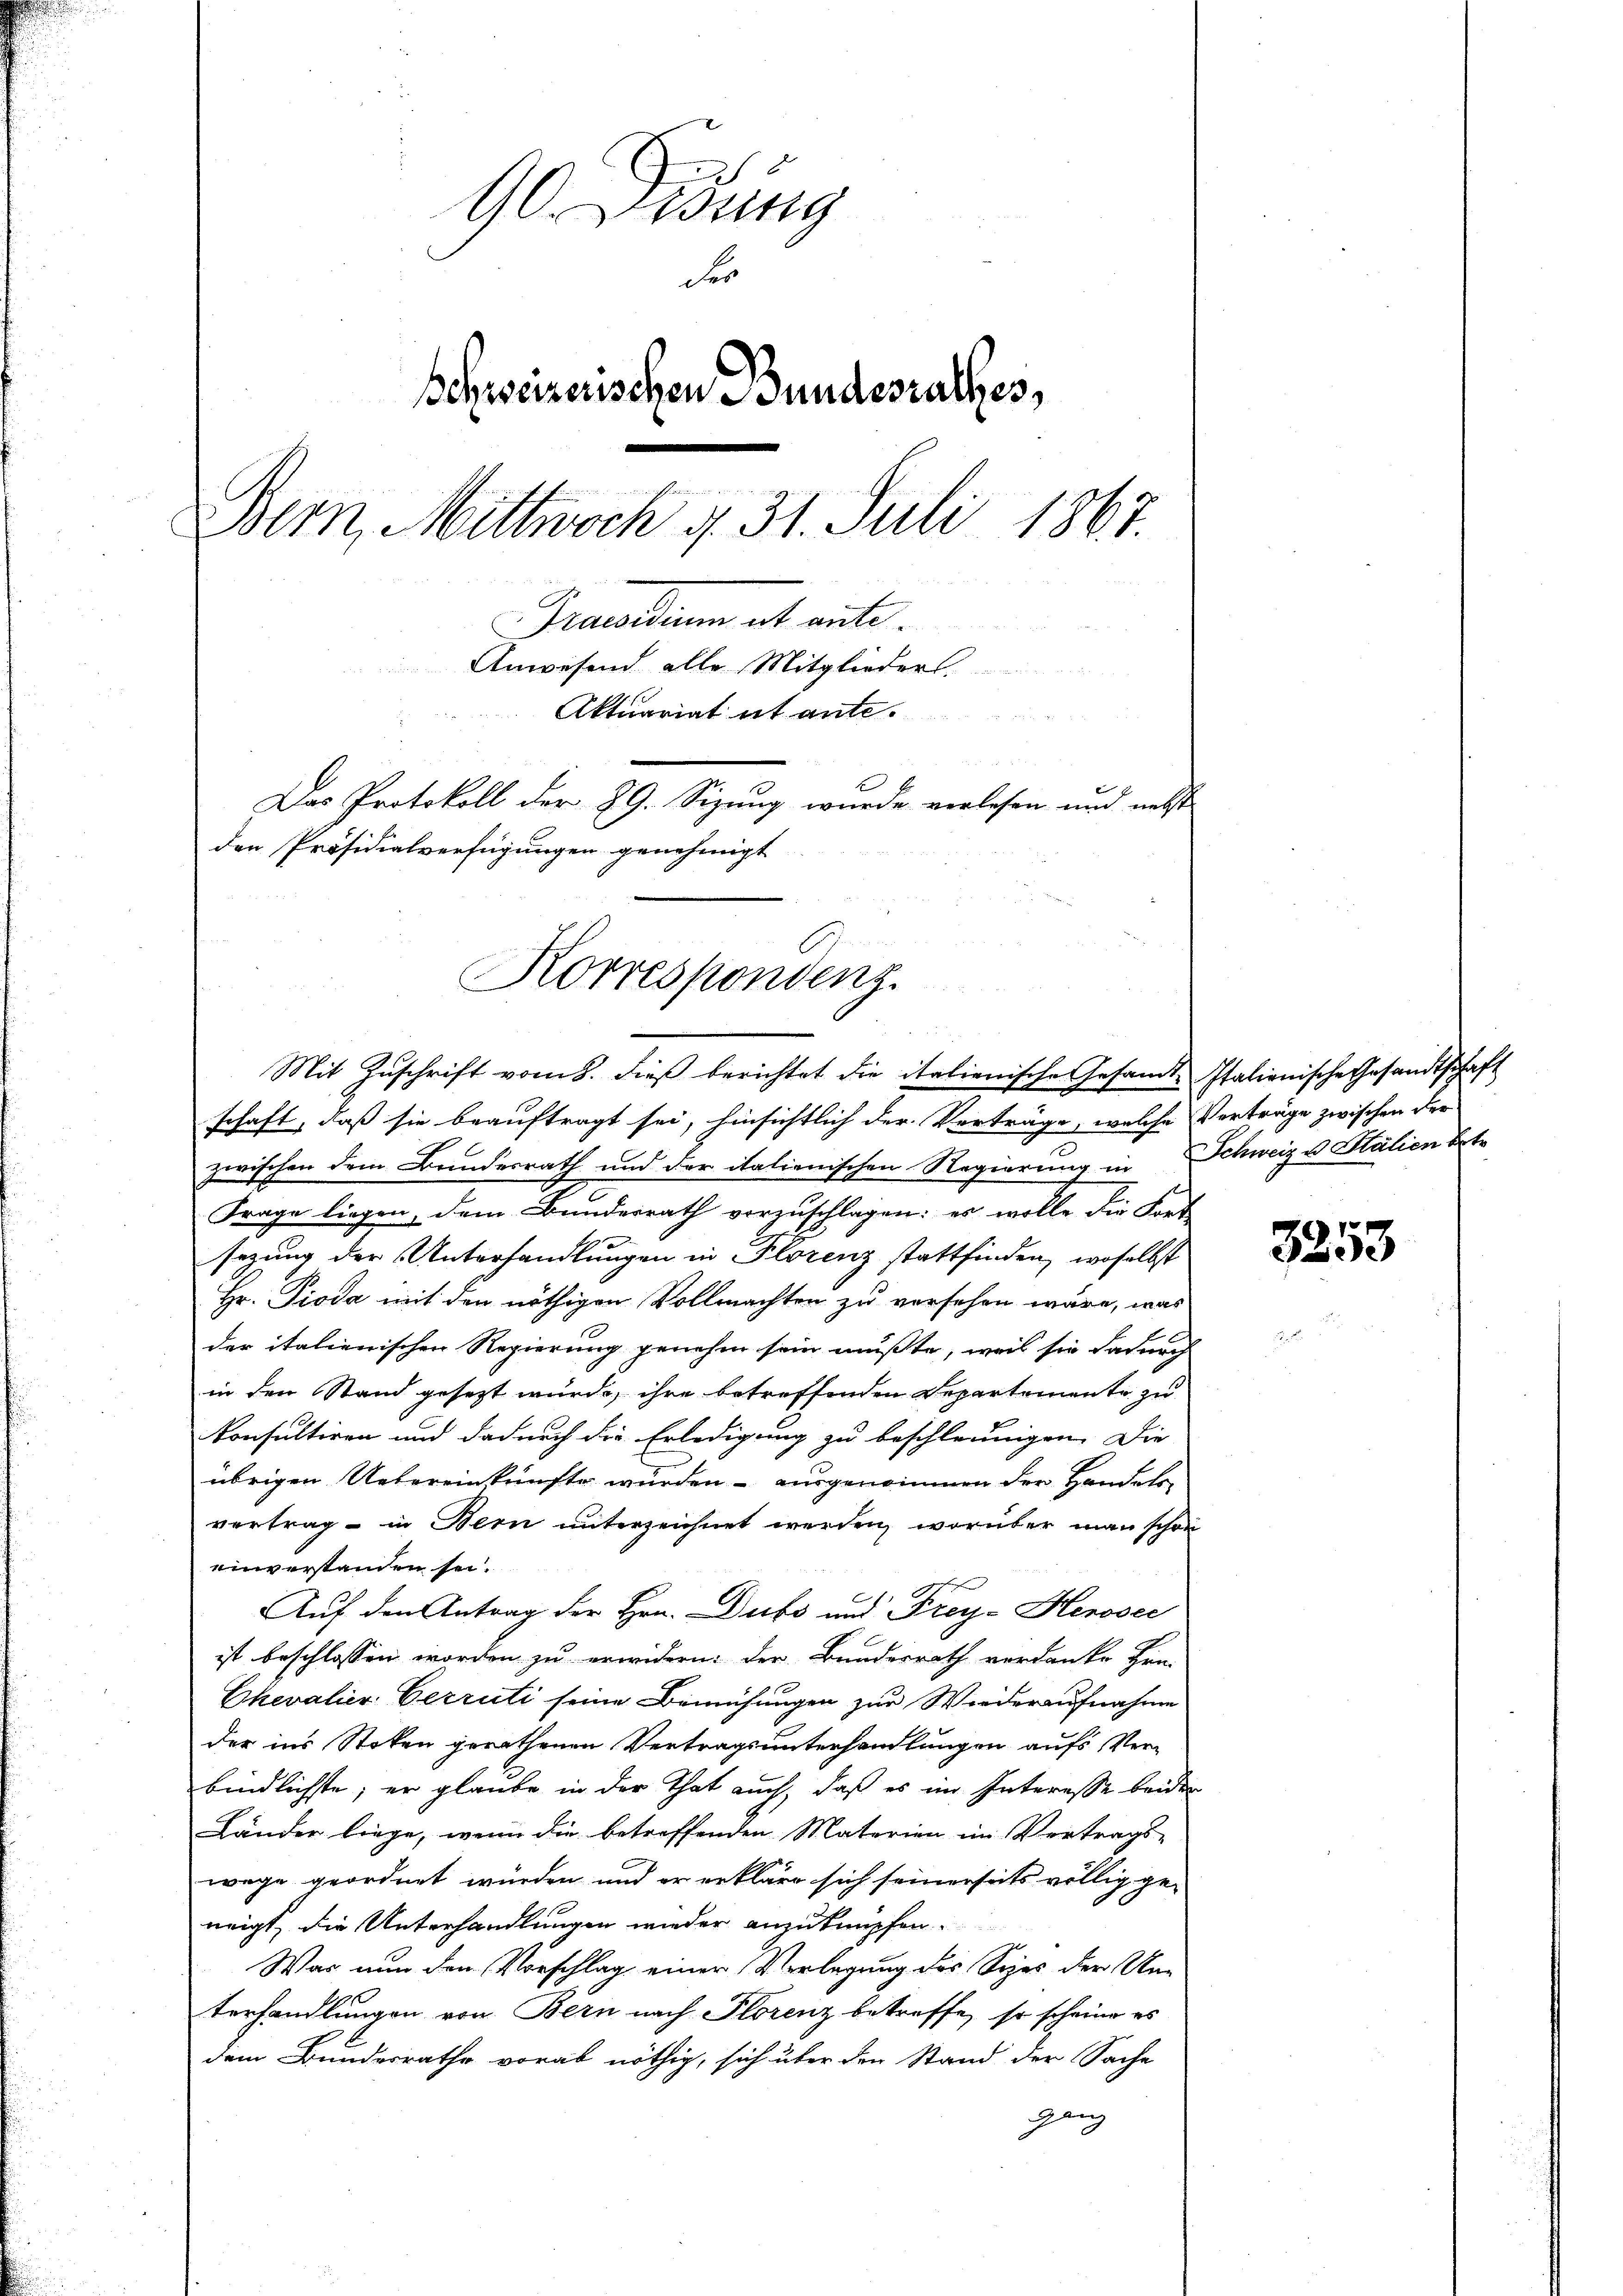
90 Didung
dir
Schweizerischen Bundesrathes,
Bern, Mittwoch d. 31. Juli 1867.
Praedium alt ante.
Anwesend alle Mitglieders.
Aktuariat et ante¬
Das Protokoll der 29. Sizung wurde verlesen und nebst
den Präsidialverfügungen genehmigt

Korrespondenz.
Mit Zuschrift vom 8. dieβ berichtet die italienische Gesandte Italienische Gesandtschaft

schaft, daß sie beauftragt sei, hinsichtlich der Verträge, welche Verträge zwischen der
zwischen dem Bundesrath und der italienischen Regierung in Schweiz u. Halien betr
Frage liegen, dem Bundesrath vorzuschlagen: es wolle die Ford
sezung der Unterhandlungen in Florenz stattfinden, woselbst
Hr. Pioda mit den nöthigen Vollmachten zu versehen wäre, was
der italienischen Regierung genehm sein musste, weil sie dadurch
in den Stand gesezt wurde, ihre betreffenden Departemente zu
konsultiren und dadurch die Erledigung zu beschleunigen. Die
übrigen Uebereinkünfte wurden - ausgenommen der Handels-
vertrag - in Bern unterzeichnet werden, worüber man schon
einverstanden sei.
Auf den Antrag der Hrn. Dubs und Frey-Herosec
ist beschlossen worden zu erwidern. Der Bundesrath verdanke Hin-
Chevalier Verrüti seine Bemühungen zur Wiederaufnahme
der ins Stoken gerathenen Vertragsunterhandlungen aufs Ver-
bindlichste; er glaube in der That auch, daß es im Interesse beiden
Länder liege, wenn die betreffenden Materien im Vertrags-
wege geordnet würden und er erkläre sich seinerseits völlig ge-
neigt, die Unterhandlungen wieder anzuknüpfen.
Was nun den Vorschlag einer Verlegung des Sches der Unterhandlungen von Bern nach Florenz betreffe, so scheine es
dem Bundesrathe vorab nöthig, sich über den Stand der Sache
ganz

3253